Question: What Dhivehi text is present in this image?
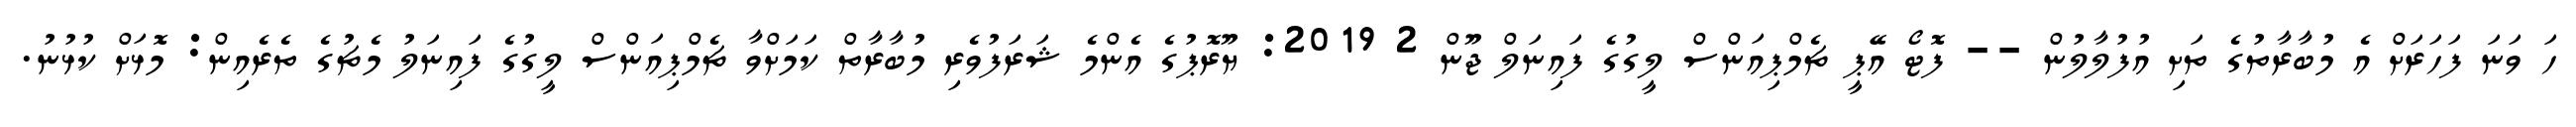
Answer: ހަ ވަނަ ފަހަރަށް އެ މުބާރާތުގެ ތަށި އުފުލާލުން -- ފޮޓޯ އޭޕީ ޗެމްޕިއަންސް ލީގުގެ ފައިނަލް ޖޫން 2 2019: ޔޫރޮޕުގެ އެންމެ ޝަރަފުވެރި މުބާރާތް ކަމަށްވާ ޗެމްޕިއަންސް ލީގުގެ ފައިނަލު މެޗުގެ ތެރެއިން: މޮޅަށް ކުޅުނު.